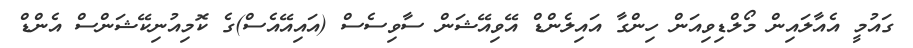
ގައުމީ އެއާލައިން މޯލްޑިވިއަން ހިންގާ އައިލެންޑް އޭވިއޭޝަން ސާވިސެސް (އައިއޭއެސް)ގެ ކޮމިއުނިކޭޝަންސް އެންޑް